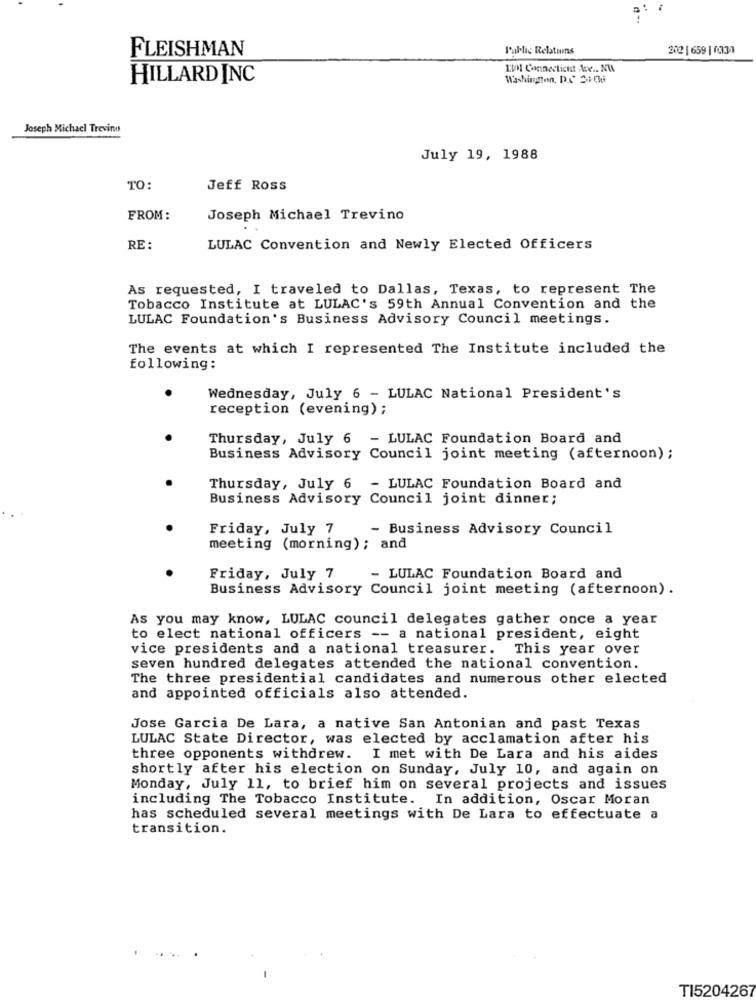
FLEISHMAN
Public Relatos
202| 659 | 033)
KIM Connecticut Ace .. NIA
HILLARD INC
Washington, D. Si-06
Joseph Michacl Trevino
July 19, 1988
TO:
Jeff Ross
FROM:
Joseph Michael Trevino
RE:
LULAC Convention and Newly Elected Officers
As requested, I traveled to Dallas, Texas, to represent The
Tobacco Institute at LULAC's 59th Annual Convention and the
LULAC Foundation's Business Advisory Council meetings.
The events at which I represented The Institute included the
following:
Wednesday, July 6 - LULAC National President's
reception (evening) ;
Thursday, July 6 - LULAC Foundation Board and
Business Advisory Council joint meeting (afternoon) ;
Thursday, July 6 - LULAC Foundation Board and
Business Advisory Council joint dinner;
Friday, July 7
- Business Advisory Council
meeting (morning); and
Friday, July 7
- LULAC Foundation Board and
Business Advisory Council joint meeting (afternoon).
As you may know, LULAC council delegates gather once a year
to elect national officers -- a national president, eight
vice presidents and a national treasurer. This year over
seven hundred delegates attended the national convention.
The three presidential candidates and numerous other elected
and appointed officials also attended.
Jose Garcia De Lara, a native San Antonian and past Texas
LULAC State Director, was elected by acclamation after his
three opponents withdrew. I met with De Lara and his aides
shortly after his election on Sunday, July 10, and again on
Monday, July 11, to brief him on several projects and issues
including The Tobacco Institute. In addition, Oscar Moran
has scheduled several meetings with De Lara to effectuate a
transition.
TI5204267